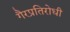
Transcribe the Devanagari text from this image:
गैरप्रतिरोधी